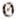
0